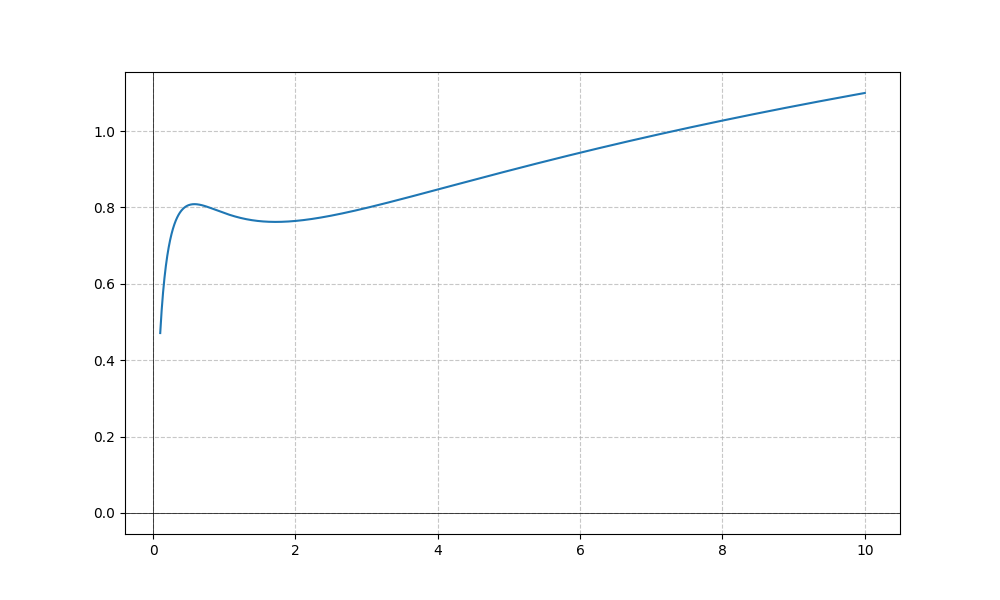
LaTeX formula: \frac{\log{\left(x \right)}}{\log{\left(10 \right)}} + \operatorname{acot}{\left(x \right)}